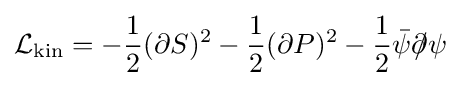
{\mathcal {L}}_{\text{kin}}=-{\frac {1}{2}}(\partial S)^{2}-{\frac {1}{2}}(\partial P)^{2}-{\frac {1}{2}}{\bar {\psi }}\partial \!\!\!/\psi